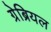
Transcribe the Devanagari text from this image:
ग्रेब्रियल